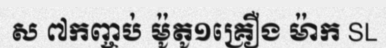
ស ៧កញ្ចប់ ម៉ូតូ១គ្រឿង ម៉ាក SL